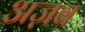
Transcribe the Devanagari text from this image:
अज़ब